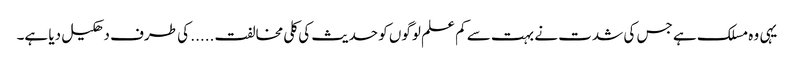
یہی وہ مسلک ہے جس کی شدت نے بہت سے کم علم لوگوں کو حدیث کی کلی مخالفت ..... کی طرف دھکیل دیا ہے۔